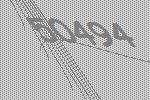
50494